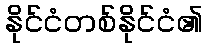
နိုင်ငံတစ်နိုင်ငံ၏